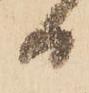
日